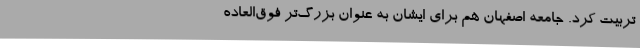
تربیت کرد. جامعه اصفهان هم برای ایشان به عنوان بزرگ‌تر فوق‌العاده